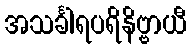
အသင်္ခါရပရိနိဗ္ဗာယီ